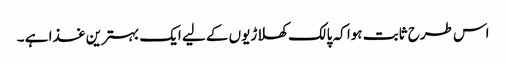
اس طرح ثابت ہوا کہ پالک کھلاڑیوں کے لیے ایک بہترین غذا ہے ۔